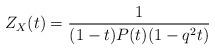
LaTeX: \begin{align*} Z_X(t)=\frac{1}{(1-t)P(t)(1-q^2t)}\end{align*}